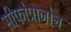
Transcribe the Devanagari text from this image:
सीफोप्राजोन